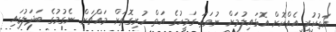
އަތުކުރި އެއްކޮށް އޮޅައިލުމަށް ނުވަތަ ގަމީހުގެ އަތް ހުރިގޮތަށް މައްޗަށް ނެގުމުގެ ބަދަލުގައި